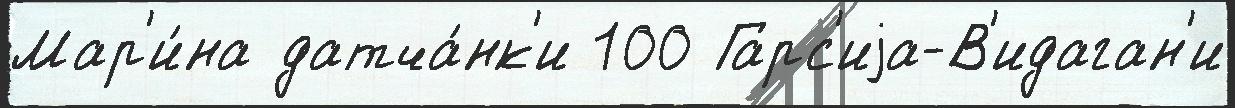
Мар'и́на датча́нк'и 100 Гарс'иjа-В'идаган'и